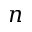
n